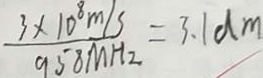
\frac { 3 \times 1 0 ^ { 8 } m / s } { 9 5 8 M H _ { 2 } } = 3 . 1 d m